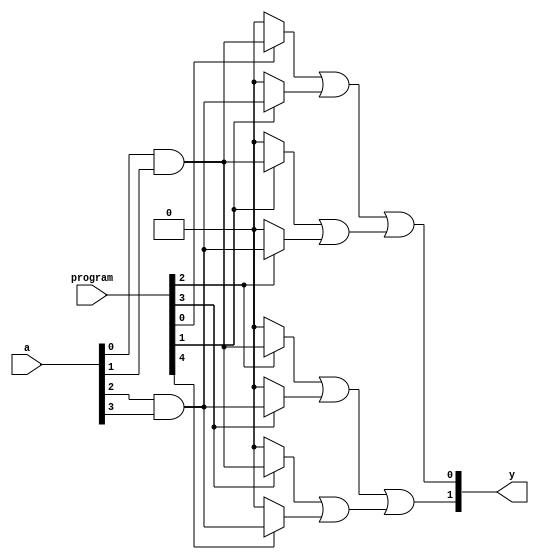
module hs_pal (
    input wire [N-1:0] a,             // Input lines
    input wire [M-1:0] program,       // Programming signals for AND gates
    output wire [P-1:0] y              // Output lines
);
    parameter N = 4;                   // Number of input lines
    parameter M = 8;                   // Number of AND gates (programmable)
    parameter P = 2;                   // Number of OR gates (outputs)

    wire [M-1:0] and_out;              // Outputs of the AND gates
    wire [P-1:0] or_out;               // Outputs of the OR gates

    // Programmable AND Array
    genvar i;
    generate
        for (i = 0; i < M; i = i + 1) begin : and_array
            assign and_out[i] = (program[i] ? (a[0] & a[1]) : 1'b0) |
                                 (program[i+1] ? (a[2] & a[3]) : 1'b0);
        end
    endgenerate

    // Fixed OR Array
    assign or_out[0] = and_out[0] | and_out[1];
    assign or_out[1] = and_out[2] | and_out[3];

    // Output Lines
    assign y = or_out;

endmodule